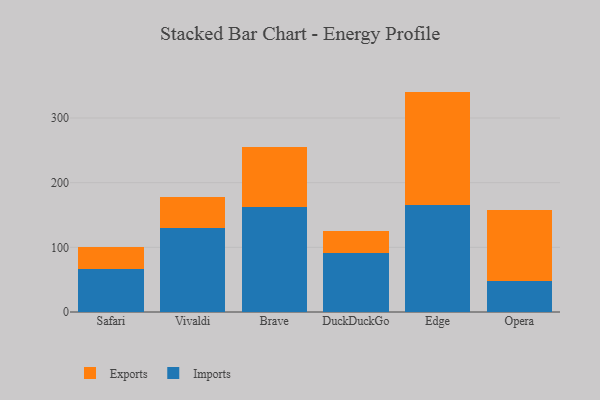
{"axis": {"x": "Browser", "y": "Production Output"}, "legend": ["Exports", "Imports"], "data": [{"x": "Safari", "y": 66.1, "type": "Imports"}, {"x": "Safari", "y": 34.7, "type": "Exports"}, {"x": "Vivaldi", "y": 129.7, "type": "Imports"}, {"x": "Vivaldi", "y": 48.0, "type": "Exports"}, {"x": "Brave", "y": 161.6, "type": "Imports"}, {"x": "Brave", "y": 94.0, "type": "Exports"}, {"x": "DuckDuckGo", "y": 91.0, "type": "Imports"}, {"x": "DuckDuckGo", "y": 34.9, "type": "Exports"}, {"x": "Edge", "y": 165.0, "type": "Imports"}, {"x": "Edge", "y": 175.8, "type": "Exports"}, {"x": "Opera", "y": 48.3, "type": "Imports"}, {"x": "Opera", "y": 109.3, "type": "Exports"}]}